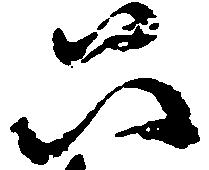
只